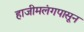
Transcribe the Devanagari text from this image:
हाजीमलंगपासून